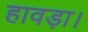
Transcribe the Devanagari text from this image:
हावड़ा।